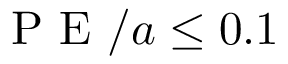
\textrm { P E } / a \leq 0 . 1